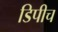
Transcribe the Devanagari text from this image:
डिपीच